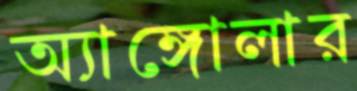
অ্যাঙ্গোলার